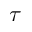
\tau